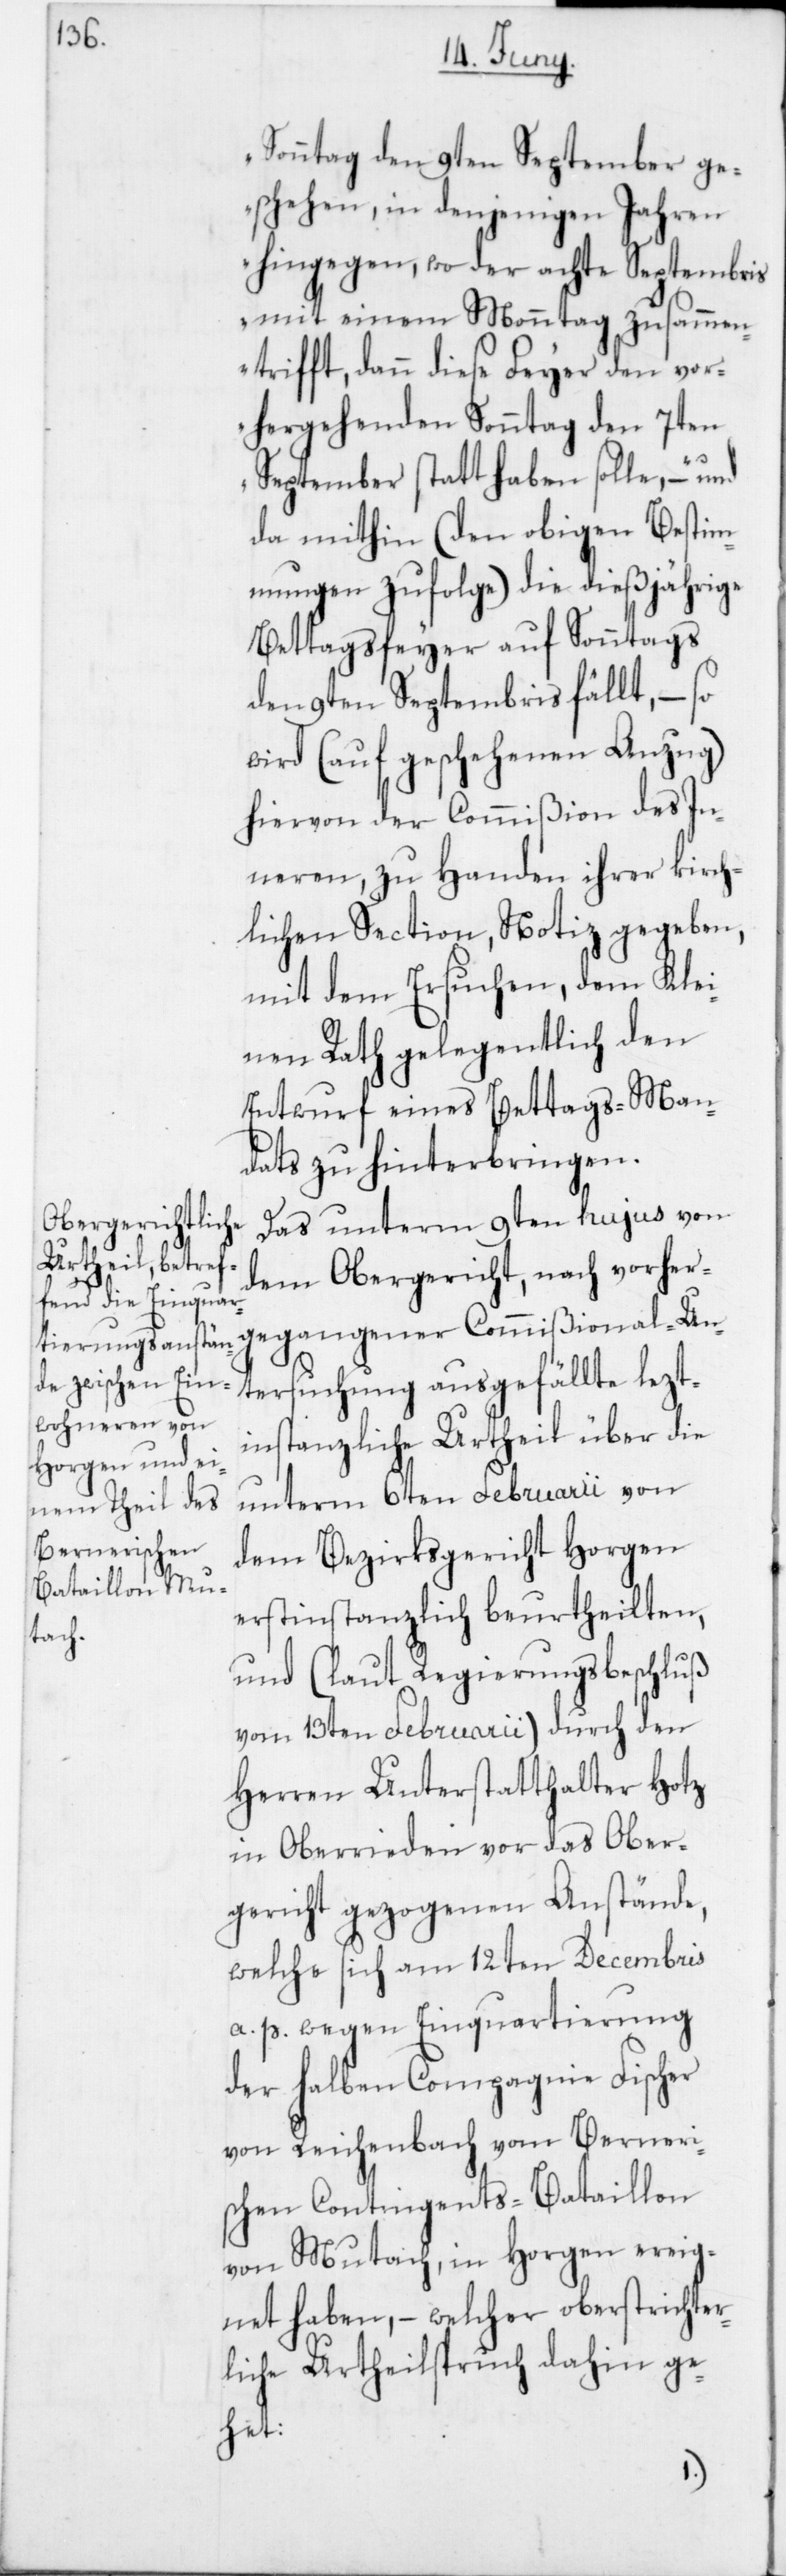
Sonntag den 9ten September ge¬
schehen, in denjenigen Jahren
hingegen, wo der achte Septembris
mit einem Monntag zusammen¬
trifft, dann diese Feyer den vor¬
hergehenden Sonntag den 7ten
September statthaben solle,“ – und
da mithin (den obigen Bestim¬
mungen zufolge) die dießjährige
Bettagsfeyer auf Sonntags
den 9ten Septembris fällt, – so
wird (auf geschehenen Anzug)
hiervon der Commißion des In¬
neren, zu Handen ihrer kirch¬
lichen Section, Notiz gegeben,
mit dem Ersuchen, dem Klei¬
nen Rath gelegentlich den
Entwurf eines Bettags-Man¬
dats zu hinterbringen.
Das unterm 9ten hujus von
dem Obergericht, nach vorher¬
gegangener Commißional-Un¬
tersuchung ausgefällte lezt¬
instanzliche Urtheil über die
unterm 6ten Februarii von
dem Bezirksgericht Horgen
erstinstanzlich beurtheilten,
und (laut Regierungsbeschluß
vom 13ten Februarii) durch den
Herren Unterstatthalter Hotz
in Oberrieden vor das Ober¬
gericht gezogenen Anstände,
welche sich am 12ten Decembris
a. p. wegen Einquartierung
der halben Compagnie Fischer
von Reichenbach vom Berneri¬
schen Contingents-Bataillon
von Mutach, in Horgen ereig¬
net haben, – welcher oberstrichter¬
liche Urtheilspruch dahin ge¬
het: